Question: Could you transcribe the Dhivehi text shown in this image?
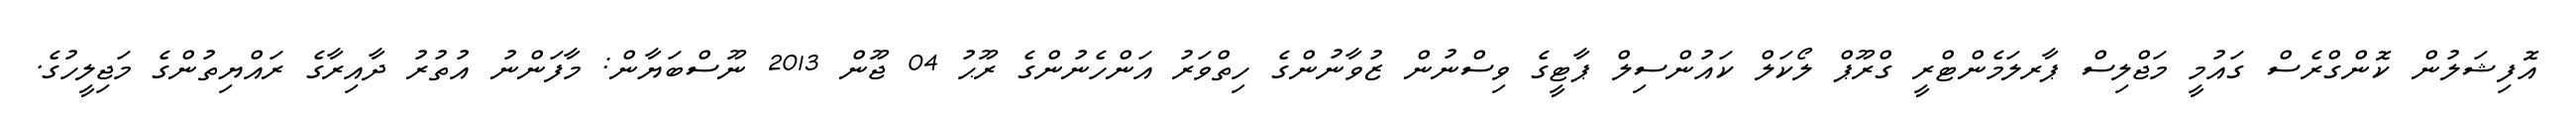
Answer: އޮފިޝަލުން ކޮންގްރެސް ގައުމީ މަޖްލިސް ޕާރލަމެންޓްރީ ގްރޫޕް ލޯކަލް ކައުންސިލް ޕާޓީގެ ވިސްނުން ޒުވާނުންގެ ހިތްވަރު އަންހެނުންގެ ރޫޙު 04 ޖޫން 2013 ނޫސްބަޔާން: މާފަންނު އުތުރު ދާއިރާގެ ރައްޔިތުންގެ މަޖިލީހުގެ.